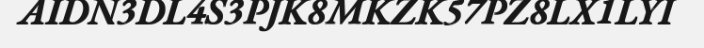
AIDN3DL4S3PJK8MKZK57PZ8LX1LYI